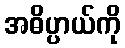
အဓိပ္ပာယ်ကို